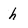
Character: h